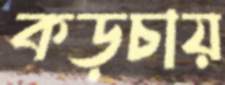
কড়চায়